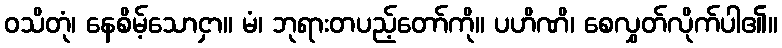
ဝသိတုံ၊ နေစိမ့်သောငှာ။ မံ၊ ဘုရားတပည့်တော်ကို။ ပဟိဏိ၊ စေလွှတ်လိုက်ပါ၏။